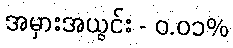
အမှားအယွင်း - ၀.၀၁%